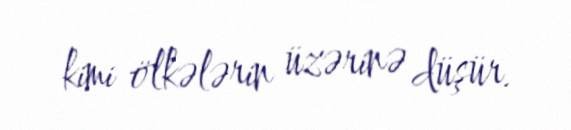
kimi ölkələrin üzərinə düşür.